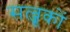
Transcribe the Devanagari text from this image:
सल्जूकों